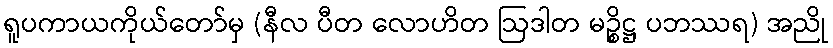
ရူပကာယကိုယ်တော်မှ (နီလ ပီတ လောဟိတ ဩဒါတ မဉ္စိဋ္ဌ ပဘဿရ) အညို